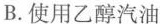
B.使用乙醇汽油